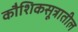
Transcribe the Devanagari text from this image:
कौशिकसूत्रातील